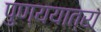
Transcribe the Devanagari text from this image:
पुण्ययात्रा